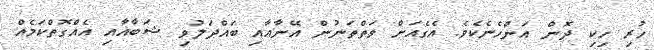
ހުރި ހިކި ދޮން އަންހެނެކެވެ. އެގެއަށް ވަތްތަނުން އޭނާއާއި ބައްދަލުވި ޝަބާއާއި އެއްގޮތްކަމެއް